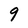
Character: 9